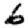
Digit: 6